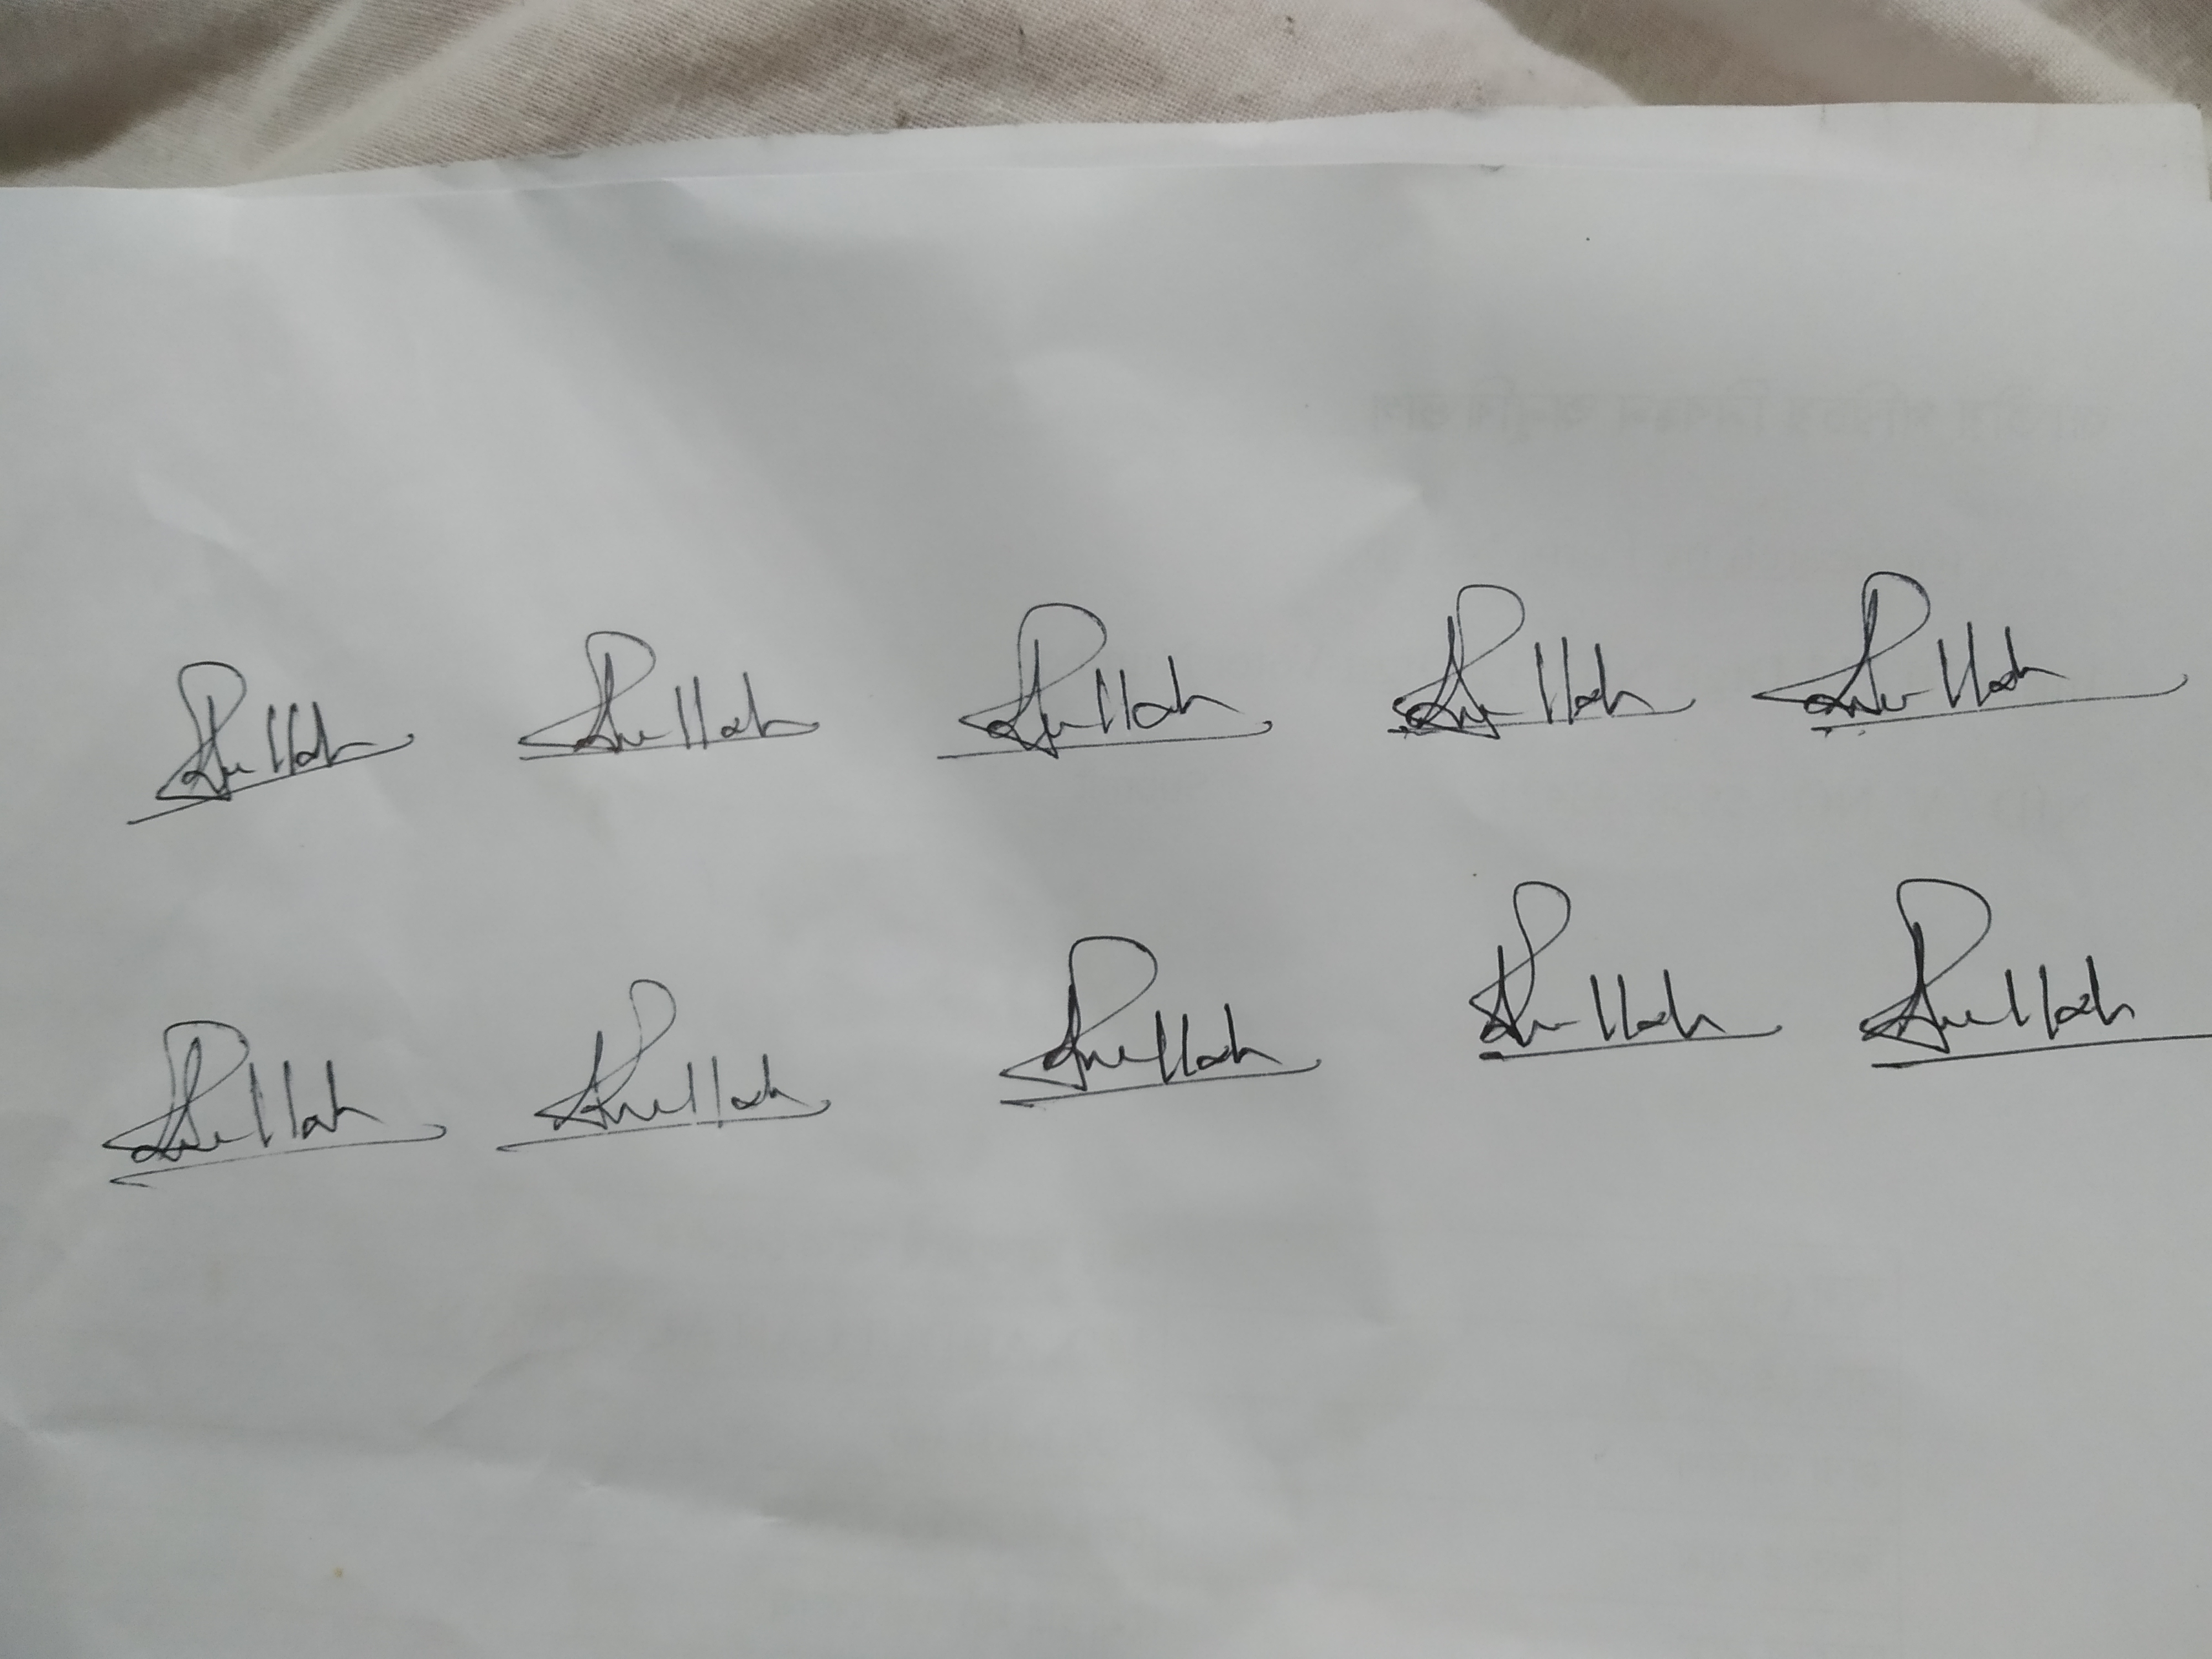
Signature authenticity: genuine